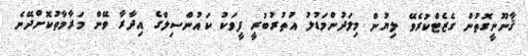
ޤާނޫނީގޮތުން ގެޒެޓްކުރެވޭ ލިޔުން މިލަދުންމަޑުލު އުތުރުބުރީ ފީވަކު ކައުންސިލްގެ އިދާރާ ވޭން މަރާމާތުކޮށްދޭނެ